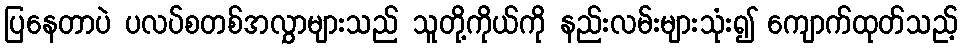
ပြနေတာပဲ ပလပ်စတစ်အလွှာများသည် သူတို့ကိုယ်ကို နည်းလမ်းများသုံး၍ ကျောက်ထုတ်သည့်